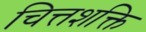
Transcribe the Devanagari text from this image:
चित्तशक्ति